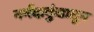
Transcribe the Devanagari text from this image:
नर्मदाकुंडातून